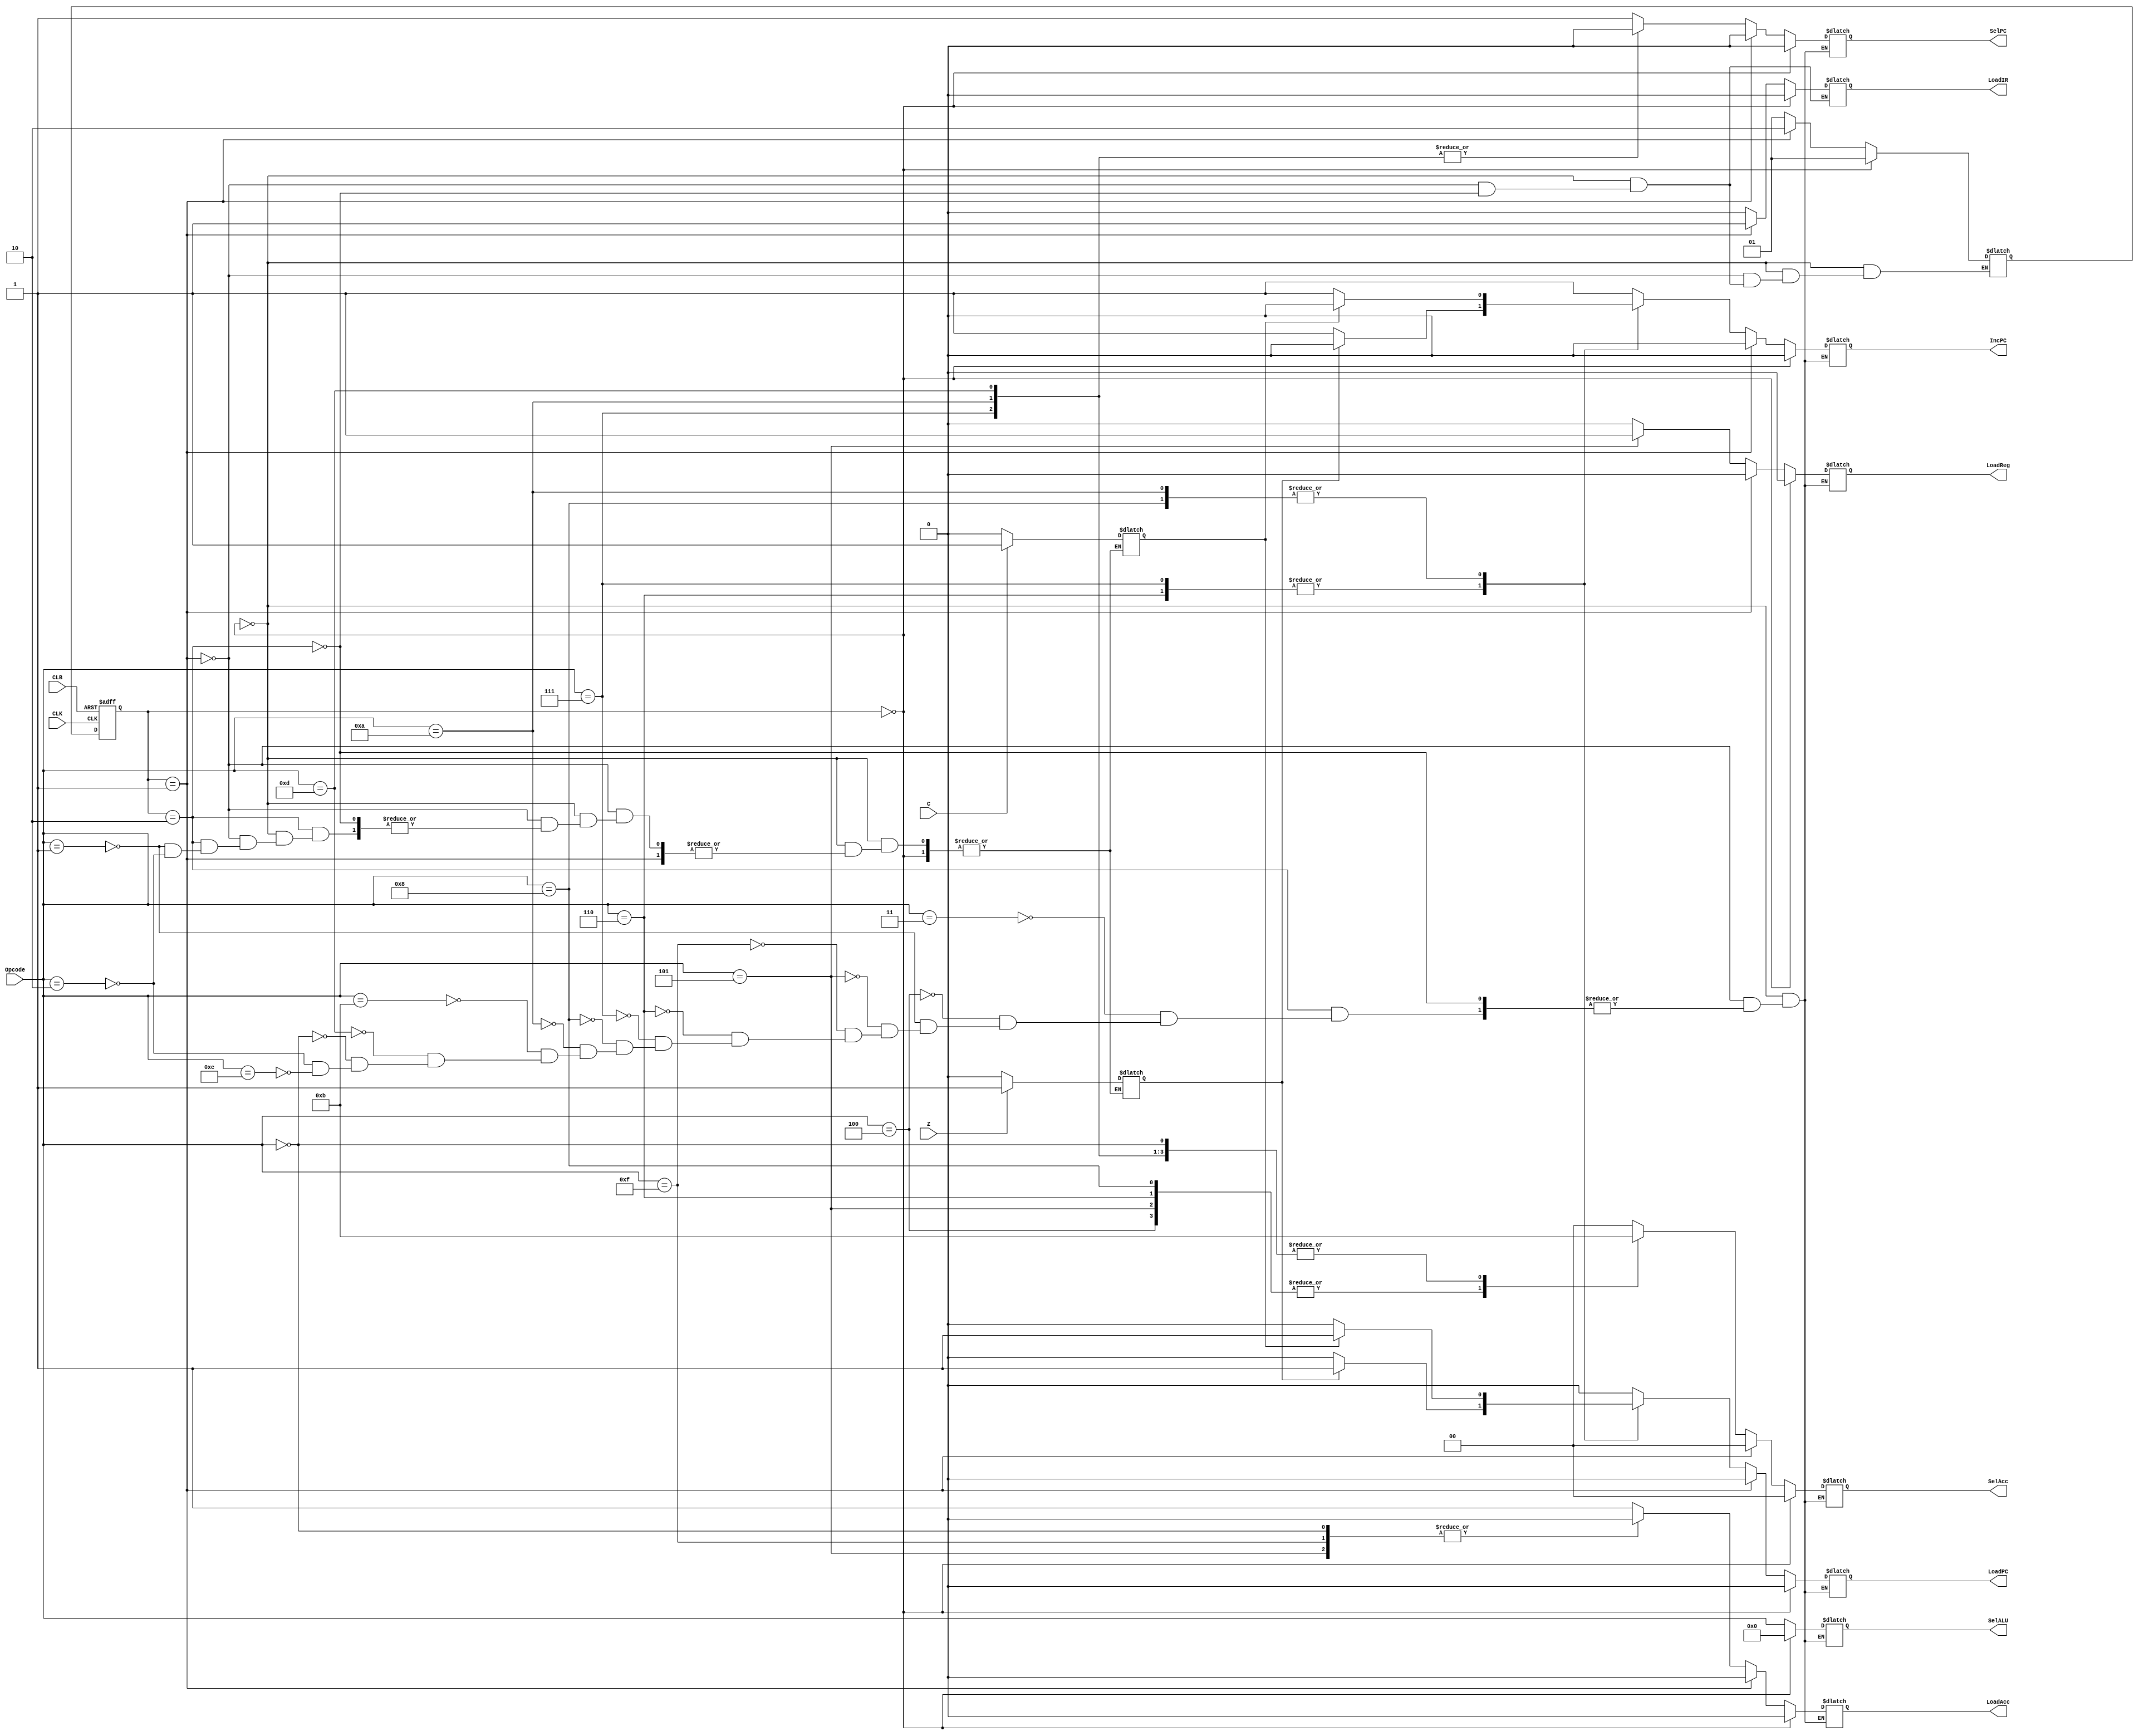
// This is a controller file created by **Parikshit Dubey** and **Arva Kagdi** //
// Controller code displays all the states in which conroller is going to work  and which signals  will be on and off respectively //

module ControllerFSM (
input wire Z, C, CLK, CLB,
input wire [3:0]Opcode,
output reg LoadIR, IncPC, SelPC, LoadPC, LoadReg, LoadAcc,
output reg [1:0] SelAcc,
output reg [3:0] SelALU
);
	parameter clr= 2'b00, IRld = 2'b01, InsE =2'b10;       // parameterized value
	reg [1:0] presentstate;
	reg carry,zero;
	reg [1:0] nextstate;

always @(posedge CLK or negedge CLB)
begin
if(CLB ==1'b0)
	presentstate <= clr; 
else
	presentstate <= nextstate;
end

always @ (*) begin
 
// When the present state has high clear bit, accumalator, program counter and registers are cleared to 0 //
if(presentstate == clr)
   begin
         IncPC   <= 1'b0;
         SelPC   <= 1'b0;
         LoadReg <= 1'b0;
         LoadIR  <= 1'b0;
         LoadPC  <= 1'b0;
         LoadAcc <= 1'b0;
         SelAcc  <= 2'b00;         
         SelALU  <= 4'b0000; 
         nextstate = IRld;
   end

// If present state has interrupt control then LoadIR is active "1"//

else if(presentstate == IRld)
   begin
	LoadIR  <= 1'b1;
	SelALU  <= Opcode;
	SelAcc  <= 2'b00;
	LoadReg <= 1'b0;
	LoadAcc <= 1'b0;
	LoadPC  <= 1'b0;
	IncPC   <= 1'b0;
	SelPC   <= 1'b0;
	nextstate = InsE;
   end

// for opcode 0011 NOR function takes place //
else if(presentstate == InsE)
   begin
	LoadIR <= 1'b0;
	 case (Opcode)
4'b0011 : begin
           SelALU  <= Opcode;
           SelAcc  <= 2'b00;
           LoadReg <= 1'b0;
           LoadAcc <= 1'b1;
           LoadPC  <= 1'b0;
           IncPC   <= 1'b1;
           SelPC   <= 1'b1;
    end

// For opcode "0100" Register value is move to accumalator // 
4'b0100 : begin
           SelALU  <= Opcode;
           SelAcc  <= 2'b10;
           LoadReg <= 1'b0;
           LoadAcc <= 1'b1; 
           LoadPC  <= 1'b0;
           IncPC   <= 1'b1;
           SelPC   <= 1'b1;
          end
//For opcode "0001" ADD function takes place // 
4'b0001 : begin
           SelALU  <= Opcode;
           LoadReg <= 1'b0;
           SelAcc  <= 2'b00;
           LoadAcc <= 1'b1;
           LoadPC  <= 1'b0;
           SelPC   <= 1'b1;
           IncPC   <= 1'b1;
	   if(C==1'b1)carry = 1'b1;
	   else carry =1'b0;
	   if(Z==1'b1) zero = 1'b1;
	   else zero =1'b0;
          end
// For "0101" Accumalator data is  moved to register //
4'b0101 : begin
           SelALU  <= Opcode;
           SelAcc  <= 2'b10;
           LoadReg <= 1'b1;
           LoadAcc <= 1'b0;
           LoadPC  <= 1'b0;
           IncPC   <= 1'b1;
           SelPC   <= 1'b1;
          end
// HALT  //
4'b1111 : begin
             SelALU  <= Opcode;
             SelAcc  <= 2'b11;
             LoadReg <= 1'b0;
             LoadAcc <= 1'b0;      
             LoadPC  <= 1'b0;
             IncPC   <= 1'b1;
             SelPC   <= 1'b1;
           end 
// Jump if zero to register value //
4'b0110 : begin
           SelALU <= Opcode;
           if(zero==1'b1) 
   	    begin
  	       LoadPC  <= 1'b1;
               SelPC   <= 1'b1;
               SelAcc  <= 2'b10;
               LoadReg <= 1'b0;
  	       LoadAcc <= 1'b1;
               IncPC   <= 1'b0;
	    end
	   else 
	    begin
	       LoadPC  <= 1'b0;
	       IncPC   <= 1'b1;
	       SelPC   <= 1'b1;
	       SelAcc  <= 2'b10;
   	       LoadReg <= 1'b0;
	       LoadAcc <= 1'b1;        
      	    end
	   end
// Jump if zero to immediate //
4'b0111 : begin
	SelALU <= Opcode;           
	if(zero ==1'b1) 
	 begin
	   LoadPC  <= 1'b1;
	   SelPC   <= 1'b0;
	   SelAcc  <= 2'b11;
	   LoadReg <= 1'b0;
	   LoadAcc <= 1'b1;          
           IncPC   <= 1'b0;          
       	  end
	else 
	  begin
	   LoadPC  <= 1'b0;
	   IncPC   <= 1'b1;
	   SelPC   <= 1'b0;
	   SelAcc  <= 2'b11;
	   LoadReg <= 1'b0;
	   LoadAcc <= 1'b1;
	 end
	end
// Jump if carry to reg value //
4'b1000 : begin
	SelALU <= Opcode;      
	if(carry==1'b1)
	  begin 
	    LoadPC  <= 1'b1;
	    SelPC   <= 1'b1;
	    SelAcc  <= 2'b10;
	    LoadReg <= 1'b0;
	    LoadAcc <= 1'b1;
	    IncPC   <= 1'b0;           
	   end
	else
	   begin
	     SelAcc  <= 2'b10;
	     LoadReg <= 1'b0;
	     LoadAcc <= 1'b1;
	     LoadPC  <= 1'b0;
	     IncPC   <= 1'b1;
	     SelPC   <= 1'b1;
	    end
	end

// Jump if carry to immediate //
4'b1010 : begin
	SelALU <= Opcode;     
	if(carry==1'b1) 
	  begin
	    LoadPC  <= 1'b1;
	    SelPC   <= 1'b0;
	    SelAcc  <= 2'b11;
	    LoadReg <= 1'b0;
	    LoadAcc <= 1'b1;
	    IncPC   <= 1'b0;
	   end
	else
	  begin
	    LoadPC  <= 1'b0;
	    SelPC   <= 1'b0;
	    SelAcc  <= 2'b11;
	    LoadReg <= 1'b0;
	    LoadAcc <= 1'b1;          
	    IncPC   <= 1'b1; 
end
end

//Shift accumalator data to left //
 4'b1011 : begin
	    SelALU  <= Opcode;
	    SelAcc  <= 2'b00;
       	    LoadReg <= 1'b0;
	    LoadAcc <= 1'b1;           
	    LoadPC  <= 1'b0;
	    IncPC   <= 1'b1;
	    SelPC   <= 1'b1;
	   end

// Load immediate to Accumalator //
 4'b1101 : begin
            SelALU  <= Opcode;
            SelAcc  <= 2'b11;
            LoadReg <= 1'b0;
            LoadAcc <= 1'b1;
            LoadPC  <= 1'b0;
            SelPC   <= 1'b0;
            IncPC   <= 1'b1;
           end         
      
//NOP //  
 4'b0000 : begin
            SelALU   <= Opcode;
            SelAcc   <= 2'b11;
            LoadReg  <= 1'b0;
            LoadAcc  <= 1'b0;         
            LoadPC   <= 1'b0;
            IncPC    <= 1'b1;
            SelPC    <= 1'b1;
           end

//SUB //
4'b0010 : begin
           SelALU  <= Opcode;
           SelAcc  <= 2'b00;
           LoadReg <= 1'b0;
           LoadAcc <= 1'b1;
           LoadPC  <= 1'b0;
           SelPC   <= 1'b1;
           IncPC   <= 1'b1;
       	   if(C==1'b1)carry = 1'b1;
	   else carry = 1'b0;
	   if(Z==1'b1)zero = 1'b1;
	   else zero = 1'b0;
          end

// Shift accumulator data to right //
4'b1100 : begin
           SelALU  <= Opcode;
           SelAcc  <= 2'b00;
           LoadReg <= 1'b0;
           LoadAcc <= 1'b1;    
           LoadPC  <= 1'b0;
           IncPC   <= 1'b1;
           SelPC   <= 1'b1;
          end    
      
             
endcase
nextstate = IRld;
end
end
endmodule